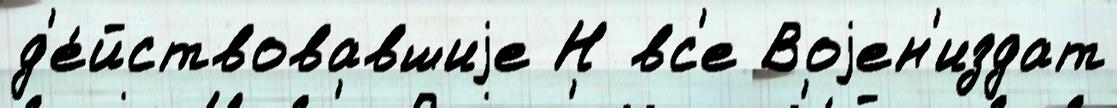
д'е́йствовавшиjе Н вс'е Воjен'издат